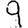
Digit: 9